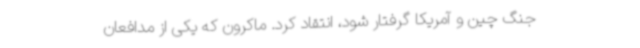
جنگ چین و آمریکا گرفتار شود، انتقاد کرد. ماکرون که یکی از مدافعان